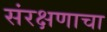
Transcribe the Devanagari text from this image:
संरक्षणाचा